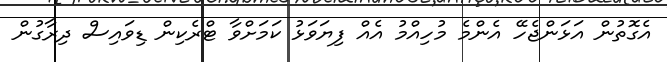
އެގޮތުން އަޅަންޖެހޭ އެންމެ މުހިއްމު އެއް ފިޔަވަޅު ކަމަށްވާ ޓްރެކިން ޑިވައިސް ދިރާގުން